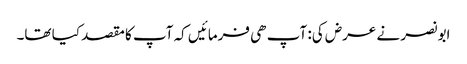
ابو نصر نے عرض کی: آپ ھی فرمائیں کہ آپ کا مقصد کیا تھا۔